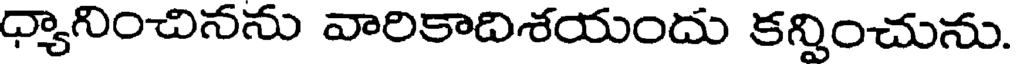
ధ్యానించినను వారికాదిశయందు కన్నించును.